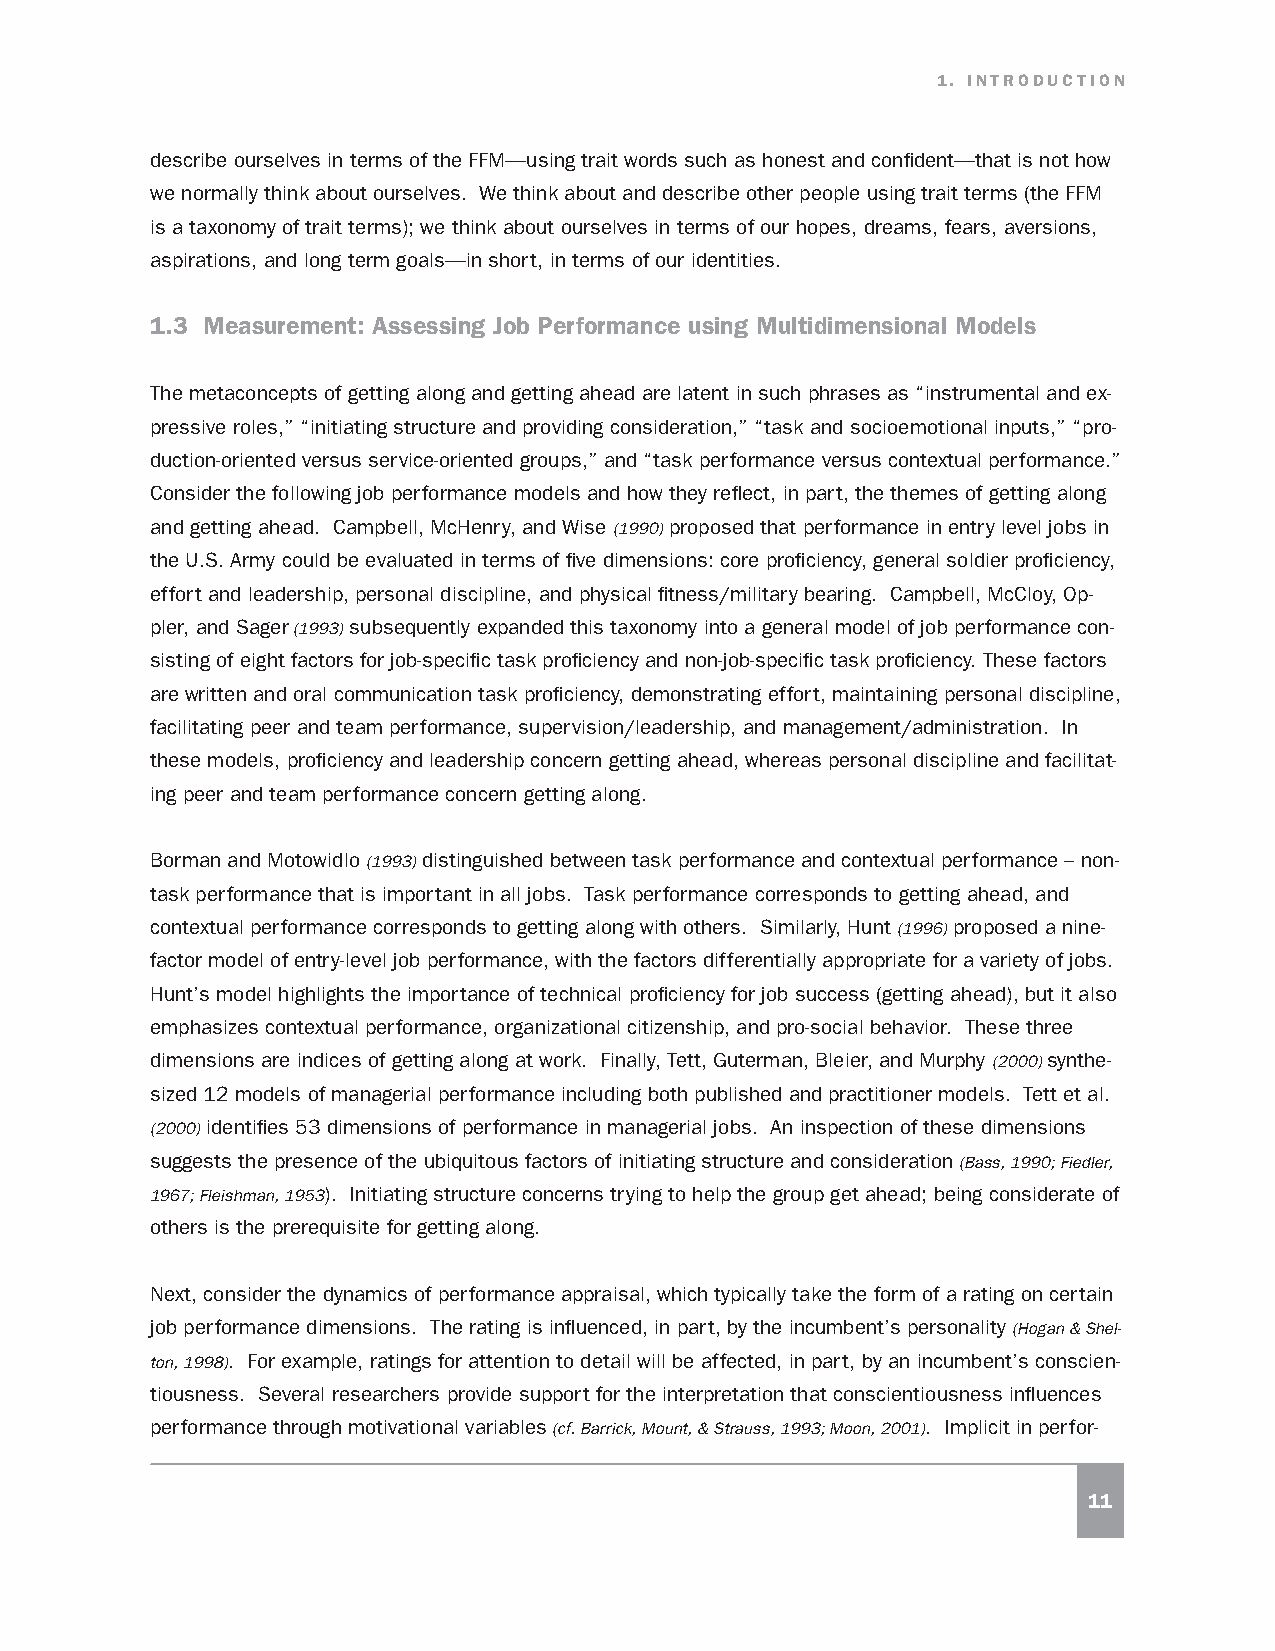
1. INTRODUCTION
 describe ourselves in terms of the FFM—using trait words such as honest and confident—that is not how
 we normally think about ourselves. We think about and describe other people using trait terms (the FFM
 is a taxonomy of trait terms); we think about ourselves in terms of our hopes, dreams, fears, aversions,
 aspirations, and long term goals—in short, in terms of our identities.
 1.3 Measurement: Assessing Job Performance using Multidimensional Models
 The metaconcepts of getting along and getting ahead are latent in such phrases as “instrumental and ex-
 pressive roles,” “initiating structure and providing consideration,” “task and socioemotional inputs,” “pro-
 duction-oriented versus service-oriented groups,” and “task performance versus contextual performance.”
 Consider the following job performance models and how they reflect, in part, the themes of getting along
 and getting ahead. Campbell, McHenry, and Wise (1990) proposed that performance in entry level jobs in
 the U.S. Army could be evaluated in terms of five dimensions: core proficiency, general soldier proficiency,
 effort and leadership, personal discipline, and physical fitness/military bearing. Campbell, McCloy, Op-
 pler, and Sager (1993) subsequently expanded this taxonomy into a general model of job performance con-
 sisting of eight factors for job-specific task proficiency and non-job-specific task proficiency. These factors
 are written and oral communication task proficiency, demonstrating effort, maintaining personal discipline,
 facilitating peer and team performance, supervision/leadership, and management/administration. In
 these models, proficiency and leadership concern getting ahead, whereas personal discipline and facilitat-
 ing peer and team performance concern getting along.
 Borman and Motowidlo (1993) distinguished between task performance and contextual performance – non-
 task performance that is important in all jobs. Task performance corresponds to getting ahead, and
 contextual performance corresponds to getting along with others. Similarly, Hunt (1996) proposed a nine-
 factor model of entry-level job performance, with the factors differentially appropriate for a variety of jobs.
 Hunt’s model highlights the importance of technical proficiency for job success (getting ahead), but it also
 emphasizes contextual performance, organizational citizenship, and pro-social behavior. These three
 dimensions are indices of getting along at work. Finally, Tett, Guterman, Bleier, and Murphy (2000) synthe-
 sized 12 models of managerial performance including both published and practitioner models. Tett et al.
 (2000) identifies 53 dimensions of performance in managerial jobs. An inspection of these dimensions
 suggests the presence of the ubiquitous factors of initiating structure and consideration (Bass, 1990; Fiedler,
 1967; Fleishman, 1953). Initiating structure concerns trying to help the group get ahead; being considerate of
 others is the prerequisite for getting along.
 Next, consider the dynamics of performance appraisal, which typically take the form of a rating on certain
 job performance dimensions. The rating is influenced, in part, by the incumbent’s personality (Hogan & Shel-
 ton, 1998). For example, ratings for attention to detail will be affected, in part, by an incumbent’s conscien-
 tiousness. Several researchers provide support for the interpretation that conscientiousness influences
 performance through motivational variables (cf. Barrick, Mount, & Strauss, 1993; Moon, 2001). Implicit in perfor-
 11